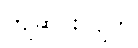
ကျဆင်းလျက်